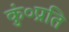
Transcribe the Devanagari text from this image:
कुं०प्रति